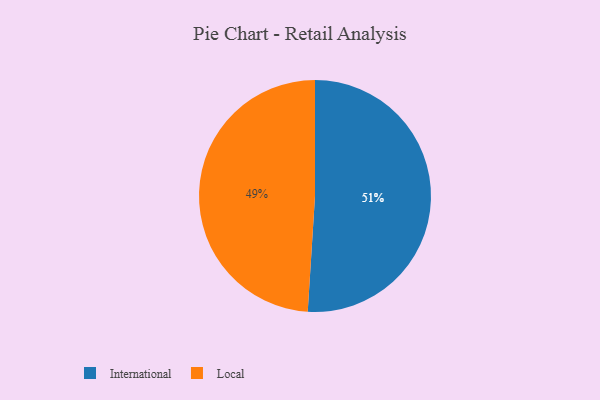
{"axis": {"x": "Category", "y": "Percentage"}, "legend": ["International", "Local"], "data": [{"x": "Local", "y": 49, "type": "Local"}, {"x": "International", "y": 51, "type": "International"}]}